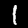
Label: 1